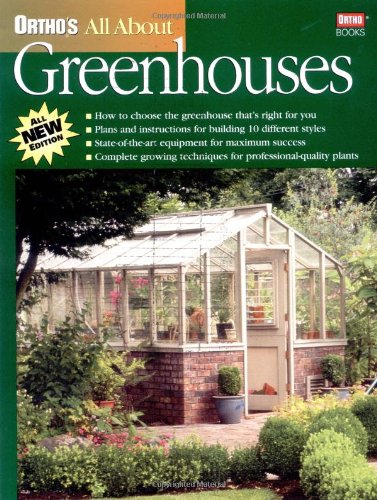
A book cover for All About Greenhouses; Ortho; Crafts, Hobbies & Home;